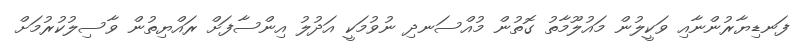
ފަނޑިޔާރުންނާއި ވަކީލުން މައުލޫމާތު ގޮތުން މުއްސަނދި ނުވުމަކީ އަދުލު އިންސާފަށް ރައްޔިތުން ވާސިލުކުރުމަށް